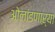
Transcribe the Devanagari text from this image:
ओलांडणाऱ्या